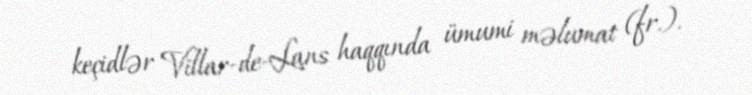
keçidlər Villar-de-Lans haqqında ümumi məlumat (fr.).